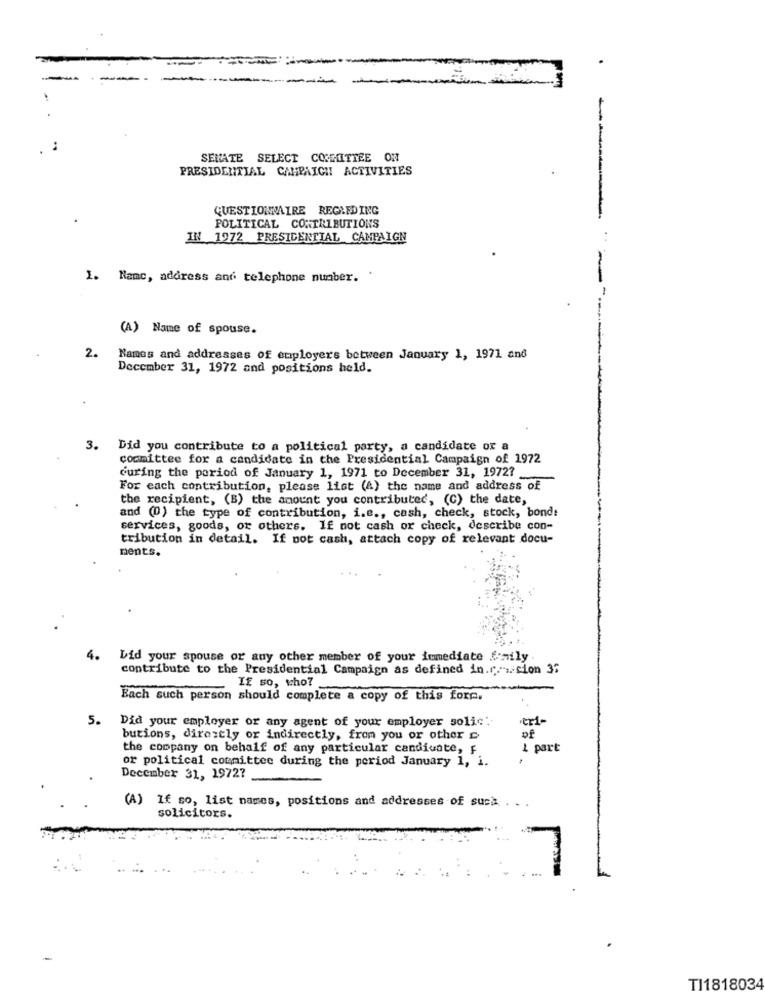
-
SENATE SELECT COMMITTEE ON
PRESIDENTIAL CAMPAIGN ACTIVITIES
QUESTIONNAIRE REGIEDING
POLITICAL CONTRIBUTIONS
IN 1972 PRESIDENTIAL CAMPAIGN
1. Name, address and telephone number. .
(A) Name of spouse.
2. Names and addresses of employers between January 1, 1971 and
December 31, 1972 and positions held.
3. Did you contribute to a political party, a candidate or a
committee for a candidate in the Presidential Campaign of 1972
during the period of January 1, 1971 to December 31, 1972?
For each contribution, please list (4) the name and address of
the recipient, (B) the amount you contributed, (C) the date,
and (0) the type of contribution, i.e ., cash, check, stock, bonds
services, goods, or others. If not cash or check, describe con-
tribution in detail. If not cash, attach copy of relevant docu-
ments.
4.
Lid your spouse or any other member of your immediate family .
contribute to the Presidential Campaign as defined in.c .-. cion 36
IF so, who?
Bach such person should complete a copy of this forc.
5.
tri-
Did your employer or any agent of your employer solic'
butions, directly or indirectly, from you or other
of
the company on behalf of any particular candidate, F
1 part
or political committee during the period January 1, i.
December 31, 1972?
(A) If so, list names, positions and addresses of such ....
solicitors.
7
TI1818034